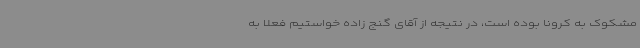
مشکوک به کرونا بوده است، در نتیجه از آقای گنج زاده خواستیم فعلا به